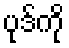
ပုဒ်ကို